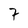
Character: 7